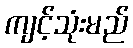
ကျင့်သုံးမည်